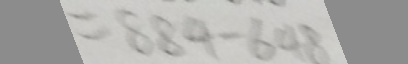
= 8 8 4 - 6 4 8